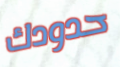
حدودك